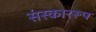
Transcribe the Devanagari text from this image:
संस्काररूप